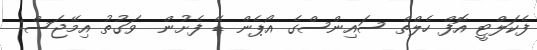
ފެކަލްޓީ އޮފް ހެލްތް ސައިންސްގެ އޯޕެން ޑޭ ފެށުން  ވަގުތު އިމޭޖަސް: